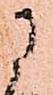
に